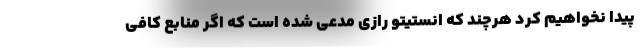
پیدا نخواهیم کرد هرچند که انستیتو رازی مدعی شده است که اگر منابع کافی